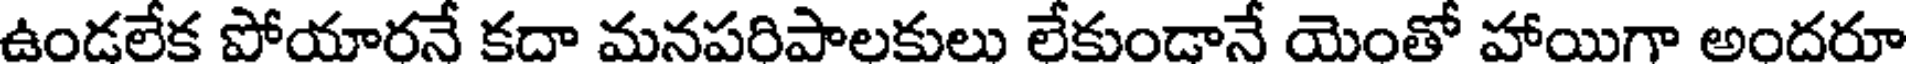
ఉండలేక పోయారనే కదా మనపరిపాలకులు లేకుండానే యెంతో హాయిగా అందరూ